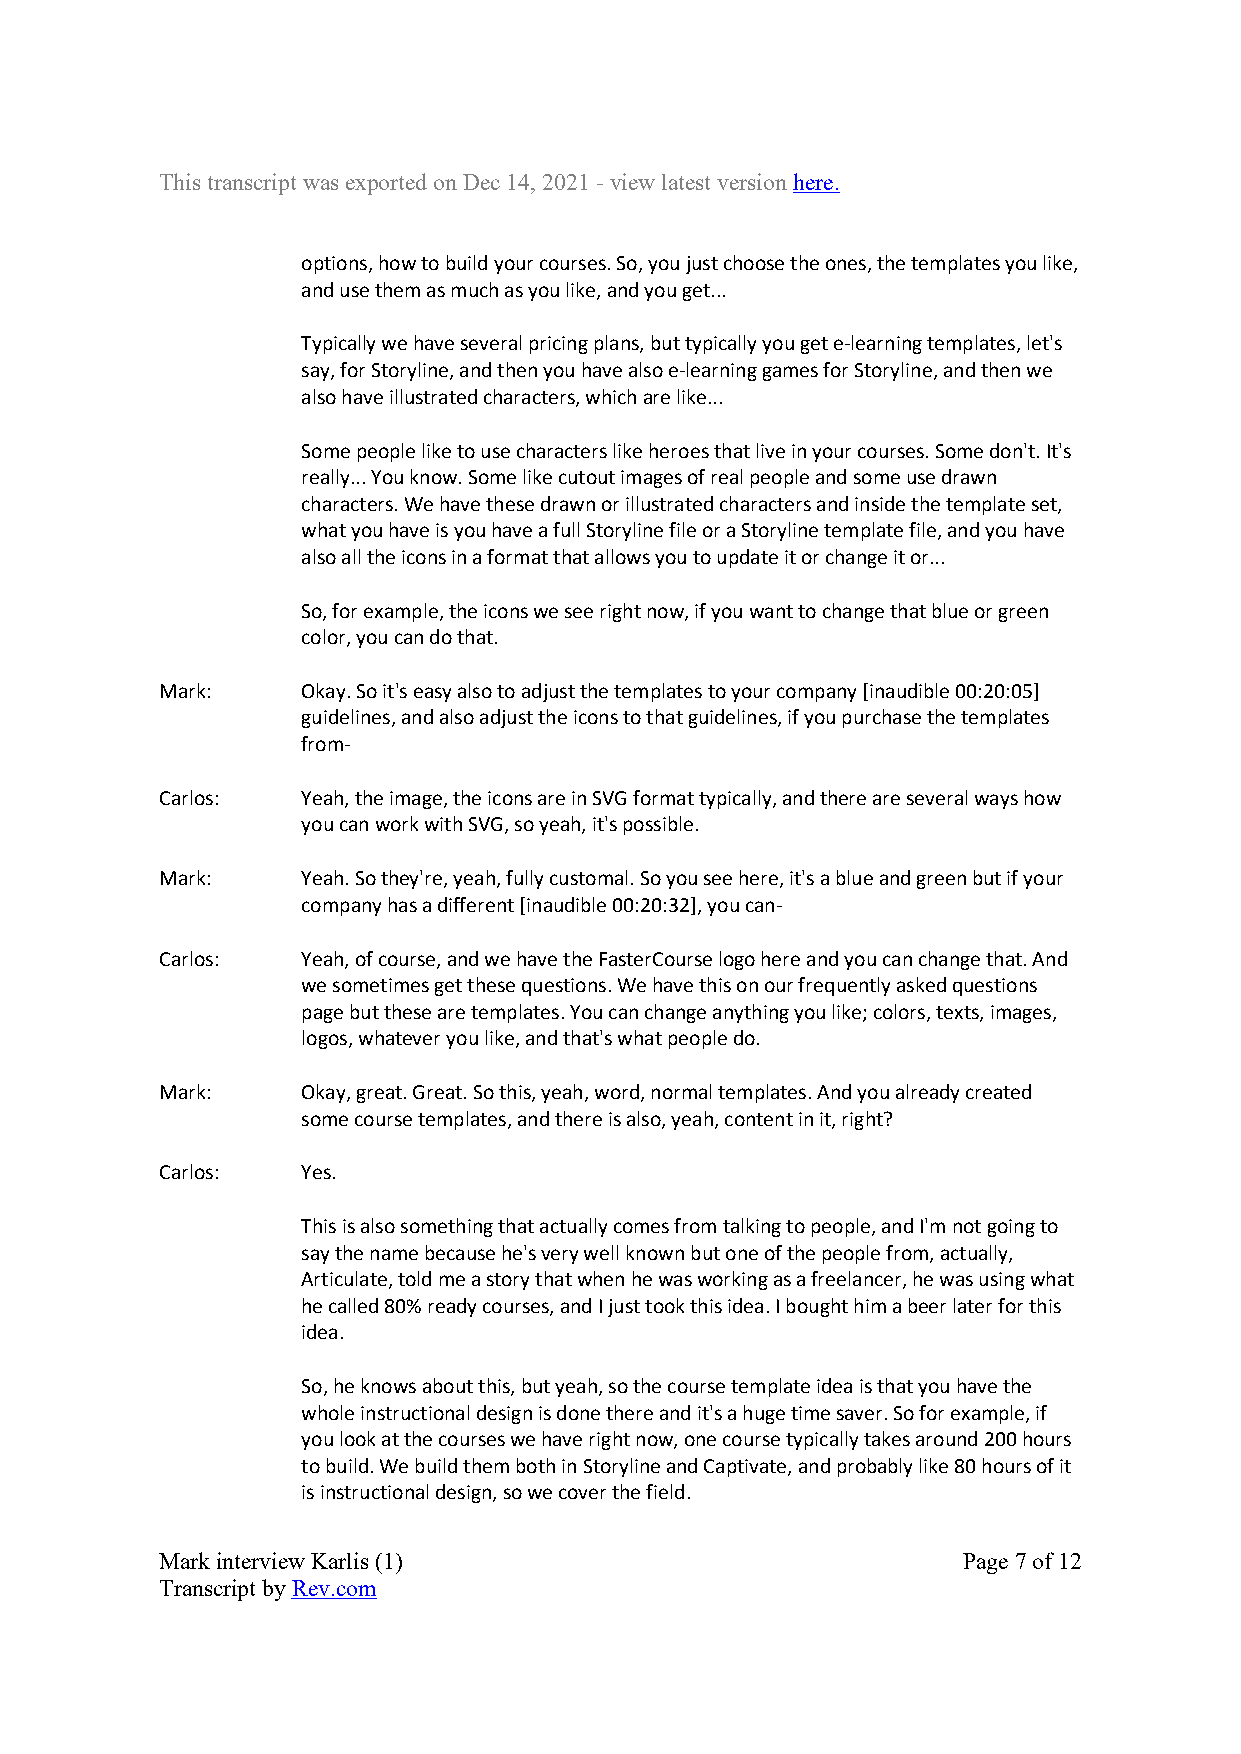
This transcript was exported on Dec 14, 2021 - view latest version here.
 options, how to build your courses. So, you just choose the ones, the templates you like,
 and use them as much as you like, and you get...
 Typically we have several pricing plans, but typically you get e-learning templates, let's
 say, for Storyline, and then you have also e-learning games for Storyline, and then we
 also have illustrated characters, which are like...
 Some people like to use characters like heroes that live in your courses. Some don't. It's
 really... You know. Some like cutout images of real people and some use drawn
 characters. We have these drawn or illustrated characters and inside the template set,
 what you have is you have a full Storyline file or a Storyline template file, and you have
 also all the icons in a format that allows you to update it or change it or...
 So, for example, the icons we see right now, if you want to change that blue or green
 color, you can do that.
 Mark:    Okay. So it's easy also to adjust the templates to your company [inaudible 00:20:05]
 guidelines, and also adjust the icons to that guidelines, if you purchase the templates
 from-
 Carlos:  Yeah, the image, the icons are in SVG format typically, and there are several ways how
 you can work with SVG, so yeah, it's possible.
 Mark:    Yeah. So they're, yeah, fully customal. So you see here, it's a blue and green but if your
 company has a different [inaudible 00:20:32], you can-
 Carlos:  Yeah, of course, and we have the FasterCourse logo here and you can change that. And
 we sometimes get these questions. We have this on our frequently asked questions
 page but these are templates. You can change anything you like; colors, texts, images,
 logos, whatever you like, and that's what people do.
 Mark:    Okay, great. Great. So this, yeah, word, normal templates. And you already created
 some course templates, and there is also, yeah, content in it, right?
 Carlos:  Yes.
 This is also something that actually comes from talking to people, and I'm not going to
 say the name because he's very well known but one of the people from, actually,
 Articulate, told me a story that when he was working as a freelancer, he was using what
 he called 80% ready courses, and I just took this idea. I bought him a beer later for this
 idea.
 So, he knows about this, but yeah, so the course template idea is that you have the
 whole instructional design is done there and it's a huge time saver. So for example, if
 you look at the courses we have right now, one course typically takes around 200 hours
 to build. We build them both in Storyline and Captivate, and probably like 80 hours of it
 is instructional design, so we cover the field.
 Mark interview Karlis (1)                            Page 7 of 12
 Transcript by Rev.com